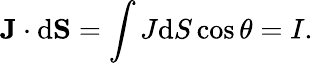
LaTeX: \mathbf{J}\cdot\mathrm{d}\mathbf{S}=\int J\mathrm{d}S\cos\theta=I.